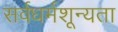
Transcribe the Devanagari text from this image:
सर्वधर्मशून्यता